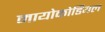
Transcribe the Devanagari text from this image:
मायोकोर्डियल